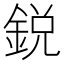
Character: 鋭